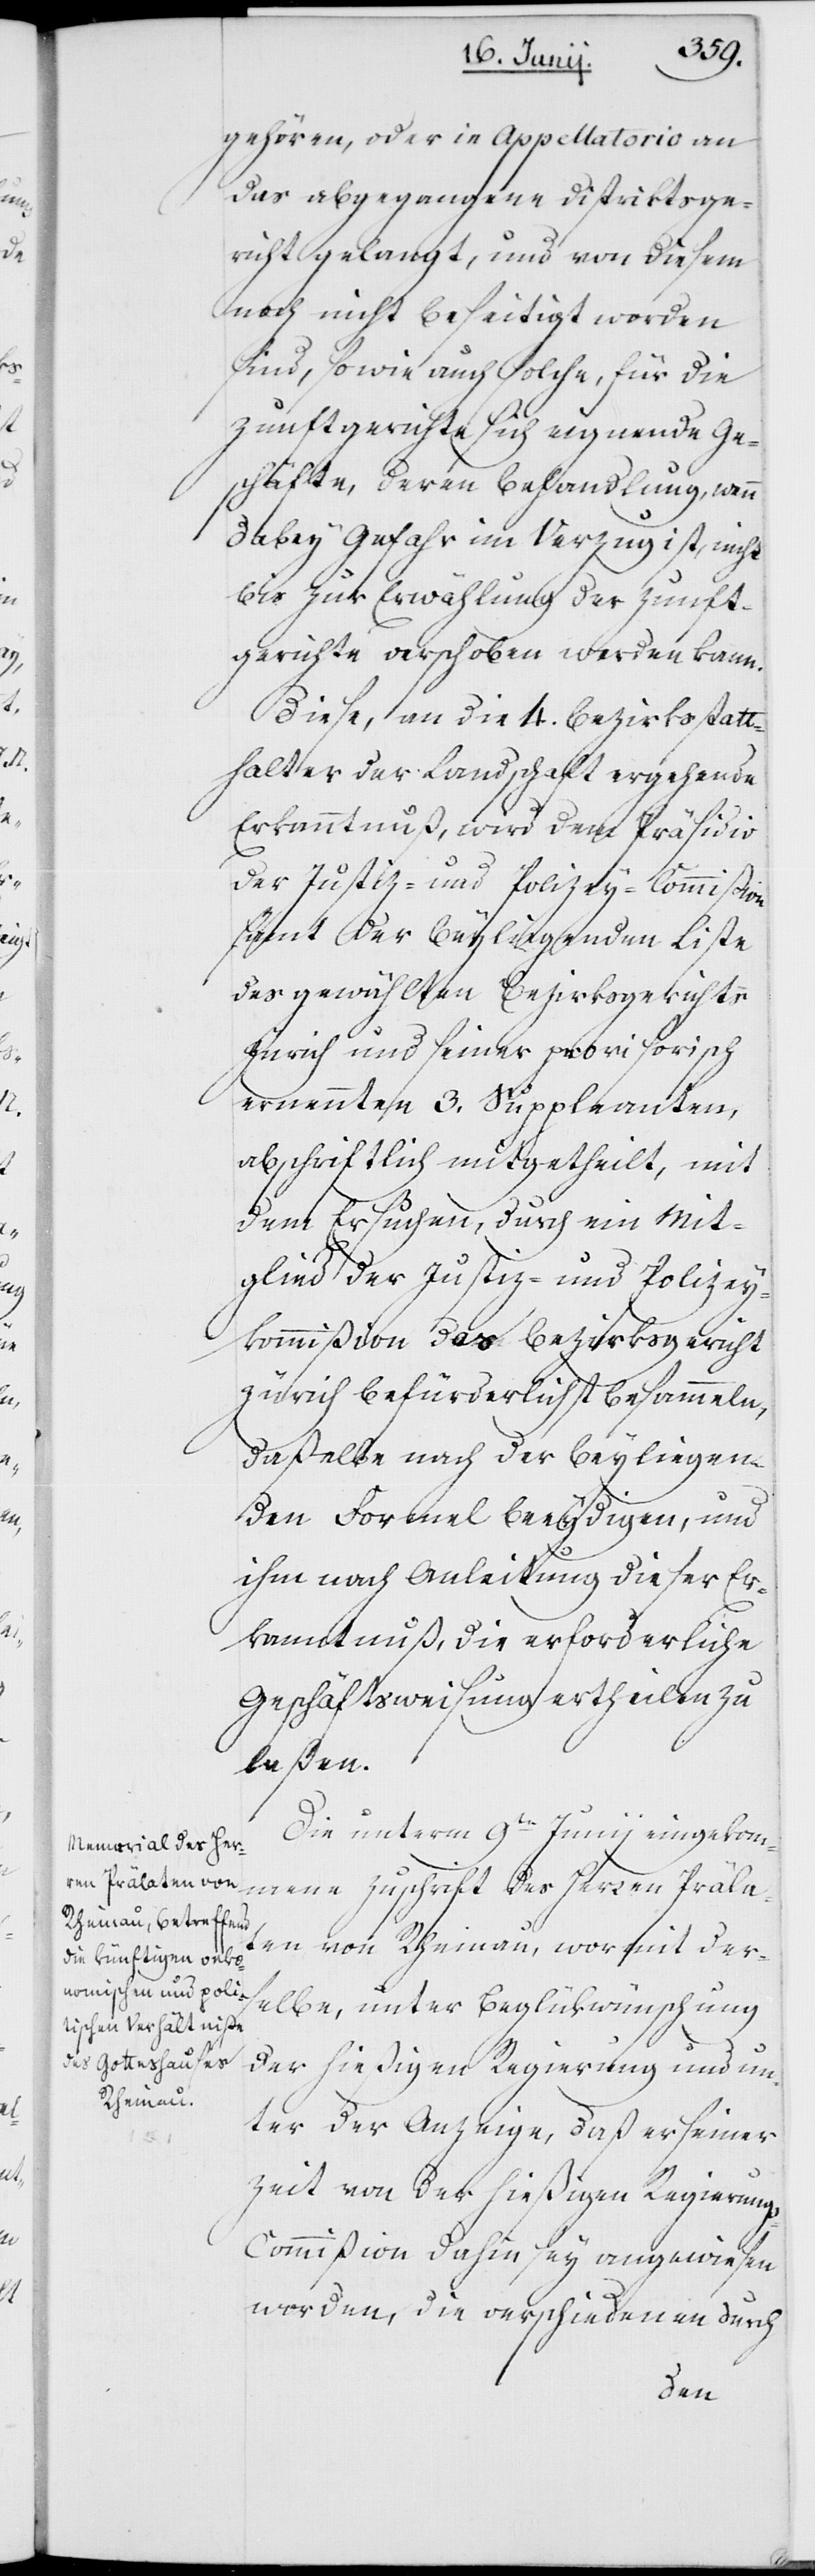
gehören, oder in Appellatorio an
das abgegangene Distriktsge¬
richt gelangt, und von diesem
noch nicht beseitigt worden
sind, sowie auch solche, für die
Zunftgerichte sich eignende Ge¬
schäfte, deren Behandlung, wenn
dabei Gefahr im Verzug ist, nicht
bis zur Erwählung der Zunft¬
gerichte verschoben werden kann.
Diese, an die 4. Bezirksstatt¬
halter der Landschaft ergehende
Erkanntnuß wird dem Präsidio
der Justiz- und Polizey-Commißion
samt der beyliegenden Liste
des gewählten Bezirksgerichts
Zürich und seiner provisorisch
ernannten 3. Suppleanten,
abschriftlich mitgeteilt, mit
dem Ersuchen, durch ein Mit¬
glied der Justiz- und Polizey¬
kommißion das Bezirksgericht
Zürich befürderlichst besammeln,
daßelbe nach der beyliegen¬
den Formel beeydigen und
ihm nach Anleitung dieser Er¬
kanntnuß die erforderliche
Geschäftsweisung ertheilen zu
laßen.
Die unterm 9ten Juni eingekom¬
mene Zuschrift des Herren Prälat¬
en von Rheinau, wormit der¬
selbe unter Beglükwünschung
der hießigen Regierung und un¬
ter der Anzeige, daß er seiner
Zeit von der hießigen Regierung¬
s-Commißion dahin sey angewiesen
worden, die verschiedenen durch